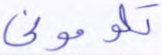
تلوموني